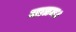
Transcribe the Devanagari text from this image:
मातम।